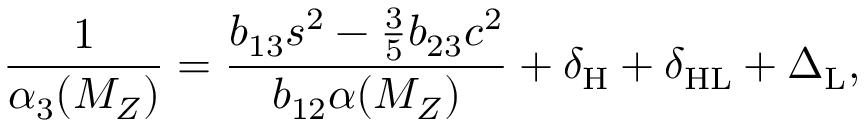
\frac { 1 } { \alpha _ { 3 } ( M _ { Z } ) } = \frac { b _ { 1 3 } s ^ { 2 } - \frac { 3 } { 5 } b _ { 2 3 } c ^ { 2 } } { b _ { 1 2 } \alpha ( M _ { Z } ) } + \delta _ { \mathrm { H } } + \delta _ { \mathrm { H L } } + \Delta _ { \mathrm { L } } ,